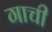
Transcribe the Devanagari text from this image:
गाची